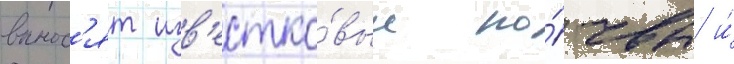
вынос'ят изв'естко́вые по́чвы и́